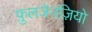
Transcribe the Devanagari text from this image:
फ़ुलजेनज़ियो